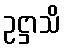
ဥဋ္ဌာသိ